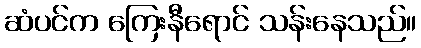
ဆံပင်က ကြေးနီရောင် သန်းနေသည်။